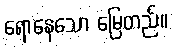
ရောနေသော မြေတည်း။